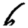
Digit: 6